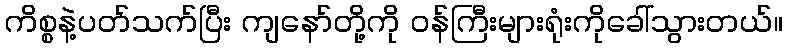
ကိစ္စနဲ့ပတ်သက်ပြီး ကျနော်တို့ကို ဝန်ကြီးများရုံးကိုခေါ်သွားတယ်။